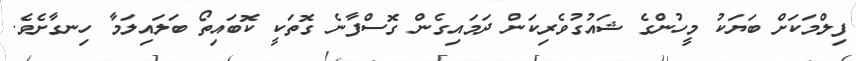
ފިލްމަކަށް ބަޔަކު މީހުންގެ ޝައުގުވެރިކަން ދަމައިގެން ގޮސްފާނެ ގޮތަކީ ކޮބައިތޯ ބަލައިލަމާ ހިނގާށެވެ.